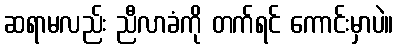
ဆရာမလည်း ညီလာခံကို တက်ရင် ကောင်းမှာပဲ။